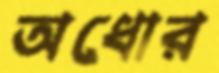
অধোর